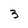
Character: 3